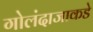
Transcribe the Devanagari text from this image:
गोलंदाजाकडे